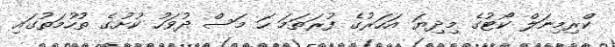
ކްރިމިނަލް ކޯޓުގެ މިދިޔަ އަހަރުގެ ފުރަތަމަ ހަ މަސް ދުވަހު ކުށުގެ ތުހުމަތުގައި